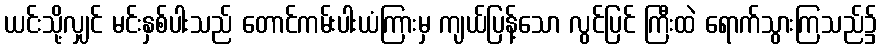
ယင်းသို့လျှင် မင်းနှစ်ပါးသည် တောင်ကမ်းပါးယံကြားမှ ကျယ်ပြန့်သော လွင်ပြင် ကြီးထဲ ရောက်သွားကြသည်၌